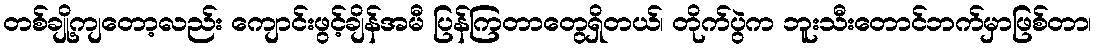
တစ်ချို့ကျတော့လည်း ကျောင်းဖွင့်ချိန်အမီ ပြန်ကြတာတွေရှိတယ်၊ တိုက်ပွဲက ဘူးသီးတောင်ဘက်မှာဖြစ်တာ၊